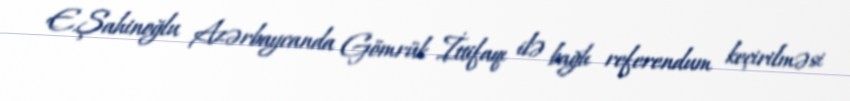
E.Şahinoğlu Azərbaycanda Gömrük İttifaqı ilə bağlı referendum keçirilməsi